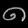
Digit: ၈